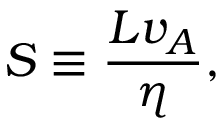
S \equiv { \frac { L v _ { A } } { \eta } } ,